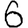
Digit: 6